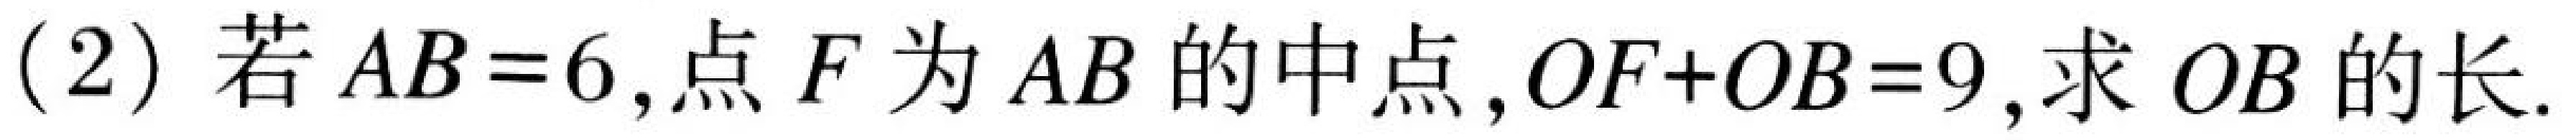
(2) 若 \(AB = 6\),点 \(F\) 为 \(AB\) 的中点,\(OF + OB = 9\),求 \(OB\) 的长.